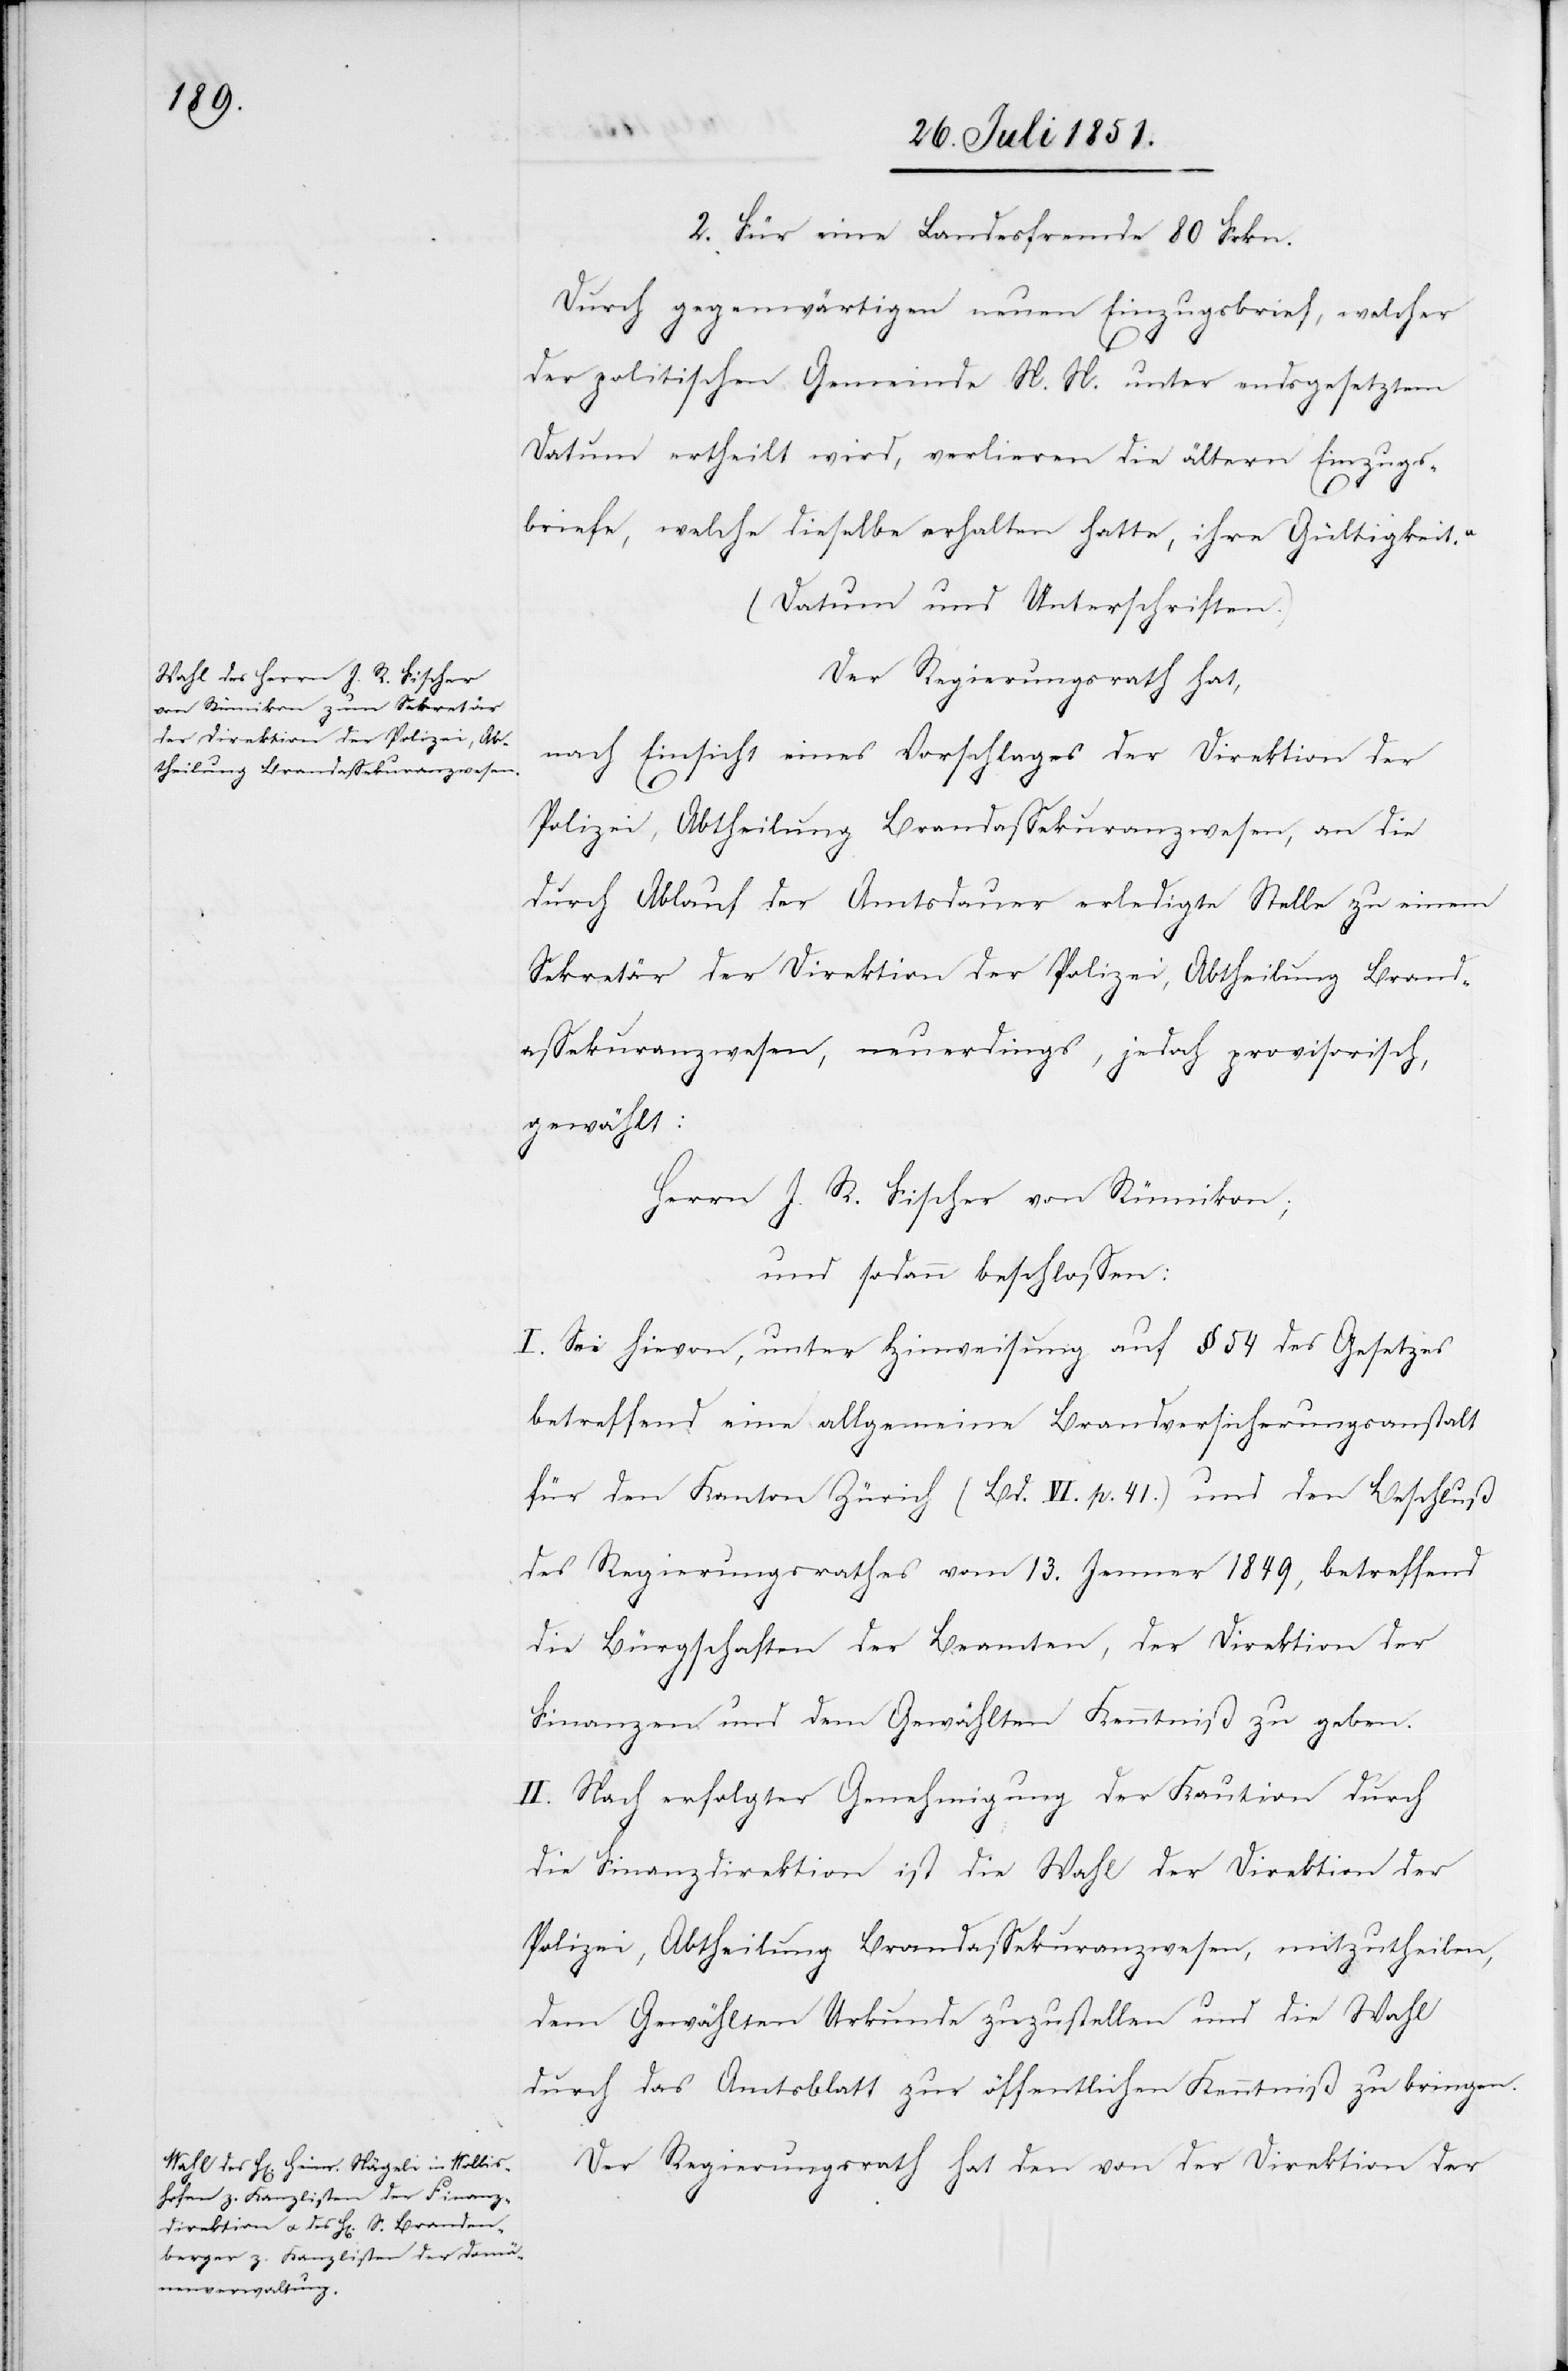
Für eine Landesfremde 80 Frkn.
Durch gegenwärtigen neuen Einzugsbrief, welcher
der politischen Gemeinde N. N. unter endsgesetztem
Datum ertheilt wird, verlieren die ältern Einzugs¬
briefe, welche dieselbe erhalten hatte, ihre Gültigkeit.“
(Datum und Unterschriften.)
Der Regierungsrath hat,
nach Einsicht eines Vorschlages der Direktion der
Polizei, Abtheilung Brandassekuranzwesen, an die
durch Ablauf der Amtsdauer erledigte Stelle zu einem
Sekretär der Direktion der Polizei, Abtheilung Brand¬
assekuranzwesen, neuerdings, jedoch provisorisch,
gewählt:
Herrn J. R. Fischer von Rümikon;
und sodann beschlossen:
I. Sei hievon, unter Hinweisung auf § 54 des Gesetzes
betreffend eine allgemeine Brandversicherungsanstalt
für den Kanton Zürich (Bd. VI. p. 41.) und den Beschluß
des Regierungsrathes vom 13. Jenner 1849, betreffend
die Bürgschaften der Beamten, der Direktion der
Finanzen und dem Gewählten Kenntniß zu geben.
II. Nach erfolgter Genehmigung der Kaution durch
2.
die Finanzdirektion ist die Wahl der Direktion der
Polizei, Abtheilung Brandassekuranzwesen, mitzutheilen,
dem Gewählten Urkunde zuzustellen und die Wahl
durch das Amtsblatt zur öffentlichen Kenntniß zu bringen.
Der Regierungsrath hat den von der Direktion der